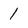
Character: 1